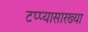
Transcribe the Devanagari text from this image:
टप्प्यासारख्या